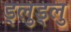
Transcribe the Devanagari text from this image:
ड्लुड्लु